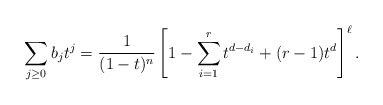
\begin{align*}\sum_{j \ge 0} b_j t^j = \frac{1}{(1-t)^{n}} \left [ 1-\sum^r_{i=1} t^{d-d_i} +(r-1)t^d \right] ^\ell. \end{align*}